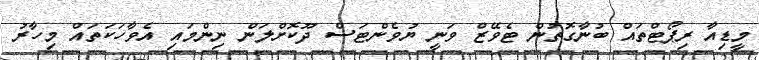
މީޑިއާ ރިޕޯޓްތައް ބުނާގޮތުން ޓެވޭޒް ވަނީ ޔުވެންޓަސް ދޫކޮށްލަން ނިންމައި އެވާހަކަތައް މިހާރު